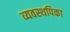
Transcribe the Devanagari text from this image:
व्यवस्थपिका